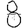
Digit: 8